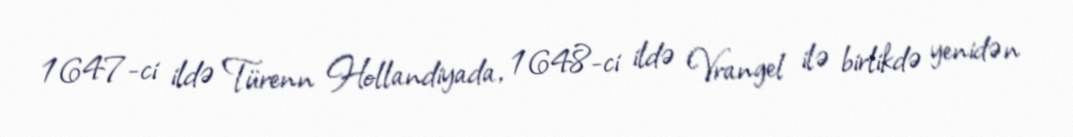
1647-ci ildə Türenn Hollandiyada, 1648-ci ildə Vrangel ilə birlikdə yenidən